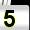
Digit: 5